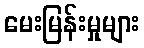
မေးမြန်းမှုများ